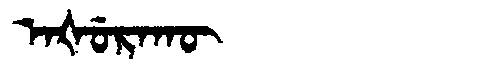
Manchu: ᠠᡧᡠᡵᠠᡴᡡ
Romanization: AŠURAKŪ